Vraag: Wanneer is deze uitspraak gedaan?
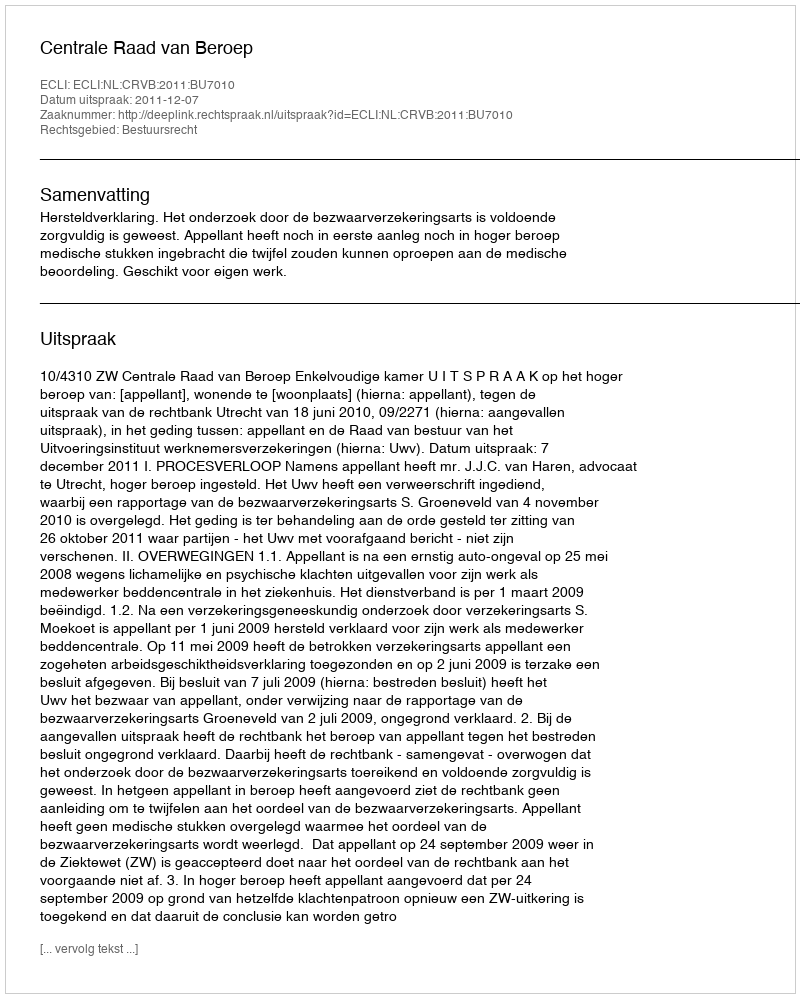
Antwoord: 2011-12-07